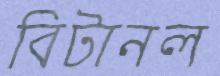
বিটানল